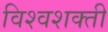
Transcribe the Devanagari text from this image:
विश्वशक्ती